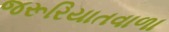
જરૂરિયાતવાળા